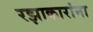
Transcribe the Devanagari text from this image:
रझाकारांना